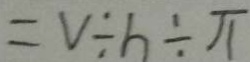
V \div h \div \pi